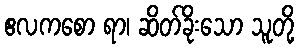
ဧလကစော ရာ၊ ဆိတ်ခိုးသော သူတို့